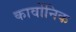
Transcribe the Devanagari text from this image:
कार्वोनिक